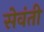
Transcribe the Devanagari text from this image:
सेवंती